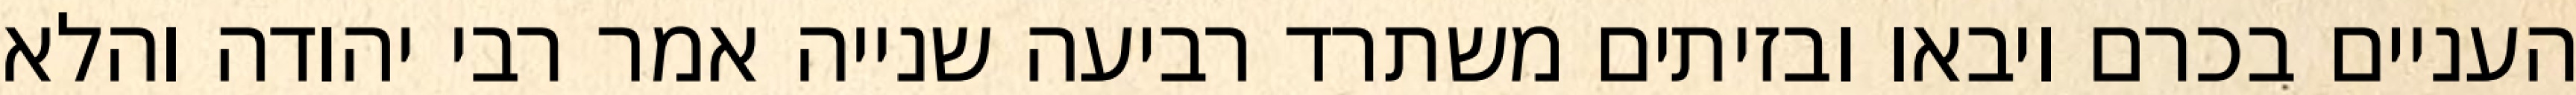
העניים בכרם ויבאו ובזיתים משתרד רביעה שנייה אמר רבי יהודה והלא